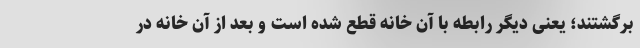
برگشتند؛ یعنی دیگر رابطه با آن خانه قطع شده است و بعد از آن خانه در